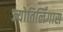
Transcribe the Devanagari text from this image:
ज्योतिर्लिंगास